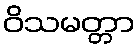
ဝိသမတ္တာ